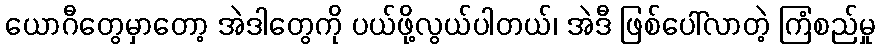
ယောဂီတွေမှာတော့ အဲဒါတွေကို ပယ်ဖို့လွယ်ပါတယ်၊ အဲဒီ ဖြစ်ပေါ်လာတဲ့ ကြံစည်မှု